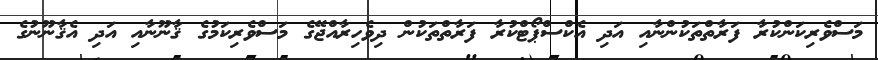
މަސްވެރިކަންކުރާ ފަރާތްތަކުންނާއި އަދި އެކްސްޕޯޓްކުރާ ފަރާތްތަކުން ދިވެހިރާއްޖޭގެ މަސްވެރިކަމުގެ ޤާނޫނާއި އަދި އެޤާނޫނުގެ